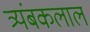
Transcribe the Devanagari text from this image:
त्र्यंबकलाल